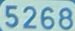
5268